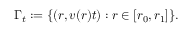
\Gamma _ { t } : = \{ ( r , v ( r ) t ) : r \in [ r _ { 0 } , r _ { 1 } ] \} .